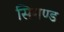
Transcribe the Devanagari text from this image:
सिमण्ड